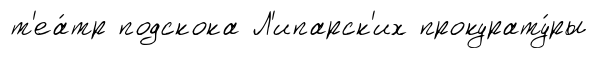
т'еа́тр подскока Л'ипарск'их прокурату́ры